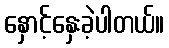
နှောင့်နှေးခဲ့ပါတယ်။